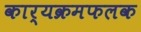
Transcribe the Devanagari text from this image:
कार्यक्रमफलक